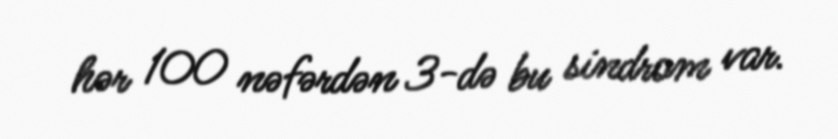
hər 100 nəfərdən 3-də bu sindrom var.